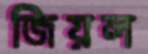
জিয়ল